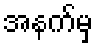
အနက်မှ